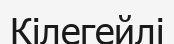
Кілегейлі